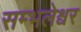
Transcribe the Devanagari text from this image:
सम्भलेश्वर